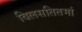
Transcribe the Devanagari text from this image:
विलसतितमां